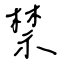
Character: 禁